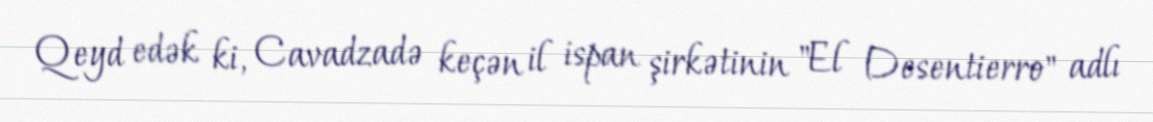
Qeyd edək ki, Cavadzadə keçən il ispan şirkətinin "El Desentierro" adlı